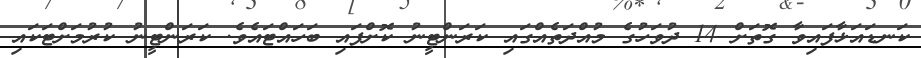
ކަނޑައަޅާފައިވާ ގޮތަށް 14 ދުވަހުގެ މުއްދަތެއްގައި ކަރަންޓީނު ކޮށްފައި ބަހައްޓައެވެ. ކަރަންޓީނު ކުރުމަށްޓަކައި